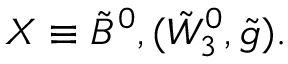
X \equiv { \tilde { B } ^ { 0 } } , ( { \tilde { W } _ { 3 } ^ { 0 } } , { \tilde { g } } ) .